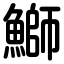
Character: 鰤